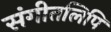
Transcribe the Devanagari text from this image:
संगीतलिपि